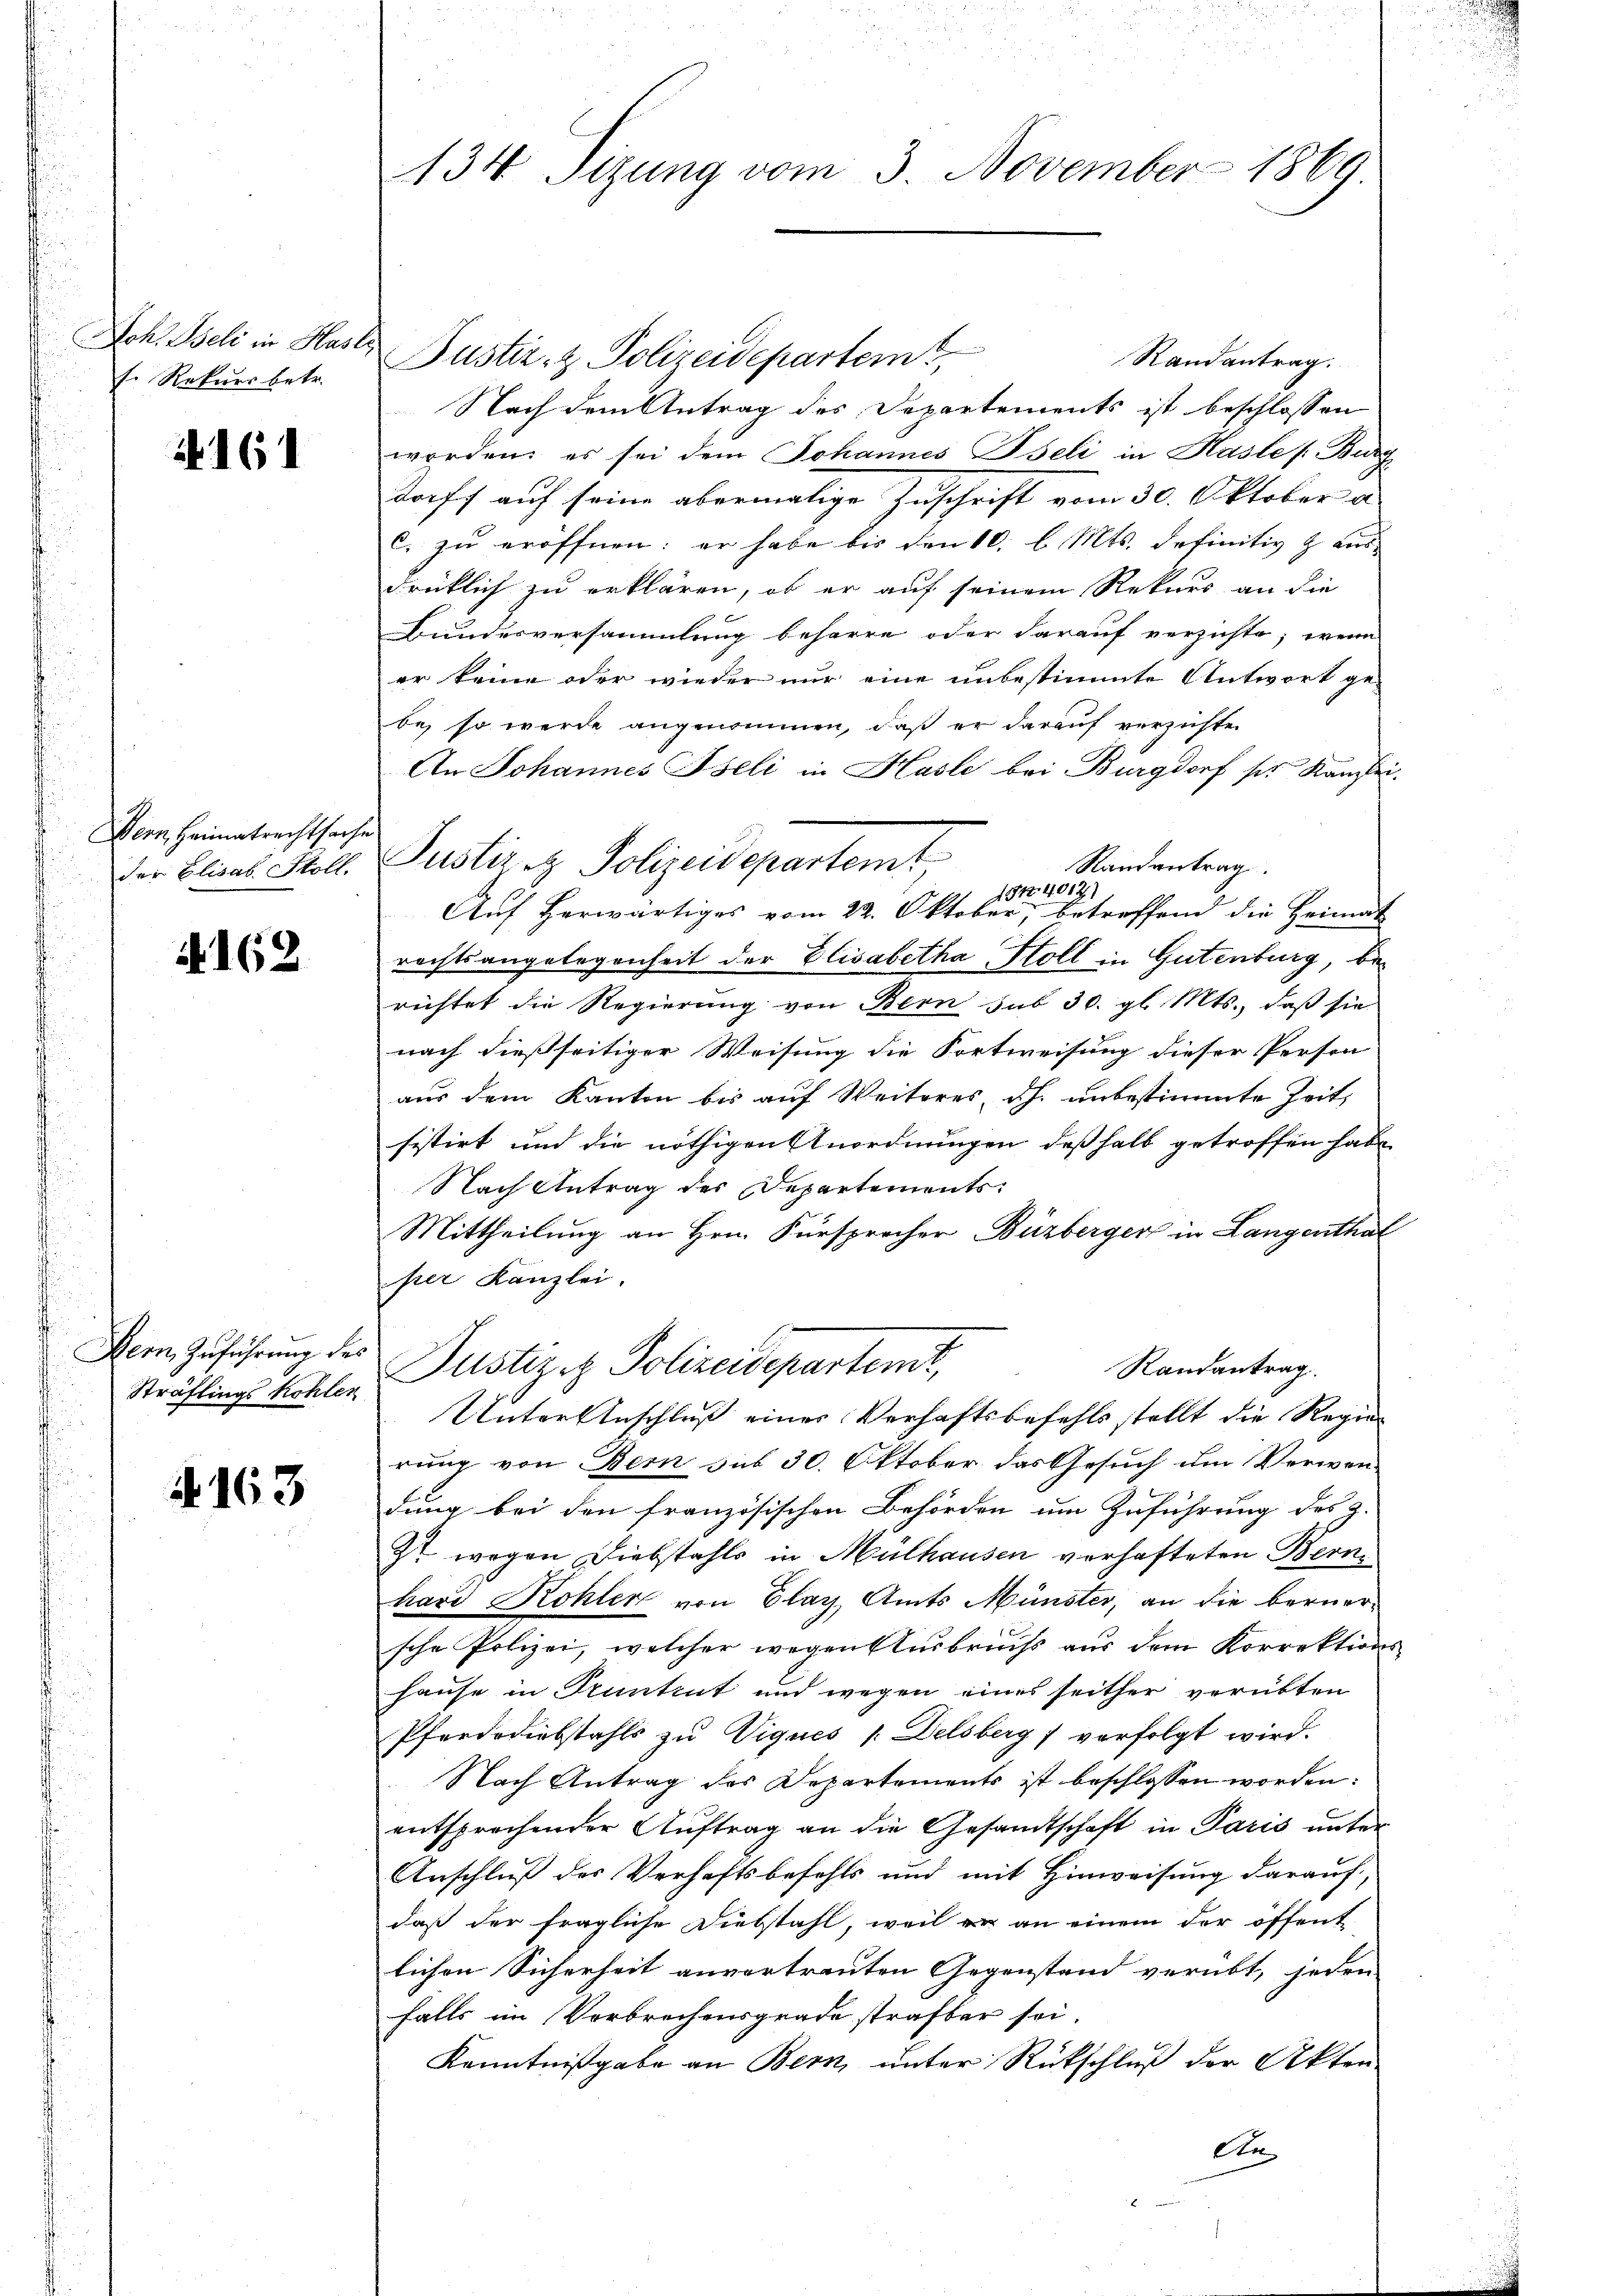
Joh. Iseli in Hasl
l. Rekurs betr.

161

Dem Heimatrechtsach
der Elisab. Stoll

i 162

Bern Zuführung des
Sträflings Kohlen

N. 163

134 Sizung vom 3. November 1869

Justiz- & Polizeidepartemt
Randantrag.
Nach dem Antrag des Departements ist beschlossen
worden: es sei dem Johannes Iseli in Hasle / Burg
dorff auf seine abermalige Zuschrift vom 30. Oktober a
C. zu eröffnen: er habe bis den 10. l. Mts. definitiv & aus-
drüklich zu erklären, ob er auf seinem Rekurs an die
Bundesversammlung beharre oder darauf verzichte; wenn
er keine oder wieder nur eine unbestimmte Antwort ge-
be, so werde angenommen, daß er darauf verzichten
An Johannes Iseli in Hasle bei Burgdorf sie Kaufei-
Randantrag
154. 4012)
Auf herwärtiges vom 22. Oktober, betreffend die Heimat
rechtsangelegenheit der Elisabetha Holl in Gutenburg, berichtet die Regierung von Bern sub 30. gl. Mts., daß sie
nach dießseitiger Weisung die Fortweisung dieser Person
aus dem Kanton bis auf Weiteres, ah. unbestimmte Zeit,
sistirt und die nöthigen Anordnungen deßhalb getroffen habe
Nach Antrag des Departements
Mittheilung an Hrn. Fürsprecher Büzberger in Langenthal
per Kanzlei.
Puster z. Polizeidepartemt,
Randantrag.
Unterenschluß eines Verhaftsbefehls stellt die Regierung von Bern sub 30. Oktober das Gesuch um Verwandung bei den französischen Behörden um Zuführung des z.
z wegen Diebstahls in Mülhausen verhafteten Bern
hard Kohler von Elay, Amts Münster, an die beruersche Polizei, welcher wegen Ausbruchs aus dem Korrektions-
Hause in Stuntent und wegen eines seither verübten
Pferdodiebstahls zu Viques /:Delsberg verfolgt wird.
Nach Antrag des Departements ist beschlossen worden:
entsprochender Auftrag an die Gesandtschaft in Paris unter
Anschluß des Verhaftsbefehls und mit Hinweisung darauf,
daß der fragliche Diebstahl, weil er an einem der öffent-
lichen Sicherheit anvertrauten Gegenstand verübt, jeden
falls im Verbrechensgrade strafber sei.
Kenntnißgabe an Bern, unter Rückschluß der Akten
An

e
Justirez. Polizeidepartemt